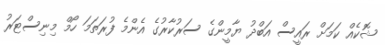
ޝޮކެއް ކަމަށް ރައީސް އަބްދު ޔާމީންގެ ސަރުކާރުގެ އެންމެ ފުރަތަމަ ހޯމް މިނިސްޓަރު